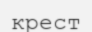
крест